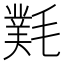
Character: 㲫